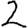
Digit: 2